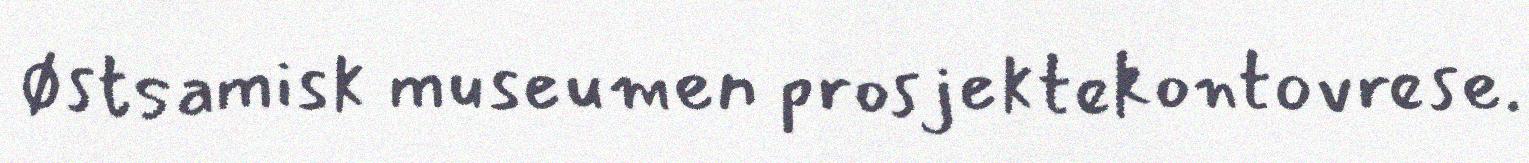
Østsamisk museumen prosjektekontovrese.